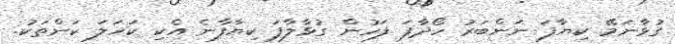
ގުޅާނަމޭ ކިޔާފަ ނަންބަރު ހޯދާފަ ފަހުން ގުޅާލާފަ ކިޔާފާނެ އެކި ކަހަލަ ކަންތަކު.